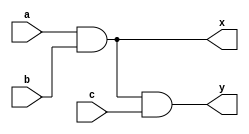
`timescale 1ns / 1ps

/*
Company: Sogang University
Engineer: G_EEE3
Create Date: 2021/09/16 15:28:50
Module Name: three_input_and_gate
*/

module three_input_and_gate(
    input a, b, c,
    output x, y
    );
    
    assign x = a & b;
    assign y = x & c;
    
endmodule